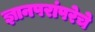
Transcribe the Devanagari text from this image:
ज्ञानपरांपरेचे